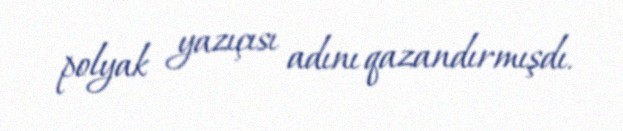
polyak yazıçısı adını qazandırmışdı.